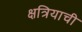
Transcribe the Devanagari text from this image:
क्षत्रियाची